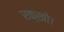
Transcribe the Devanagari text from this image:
रक्खो।